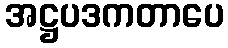
အဋ္ဌပဒကတာပေ